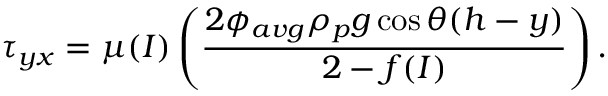
\tau _ { y x } = \mu ( I ) \left( \frac { 2 \phi _ { a v g } \rho _ { p } g \cos \theta ( h - y ) } { 2 - f ( I ) } \right) .